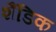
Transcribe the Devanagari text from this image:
शैंडिक